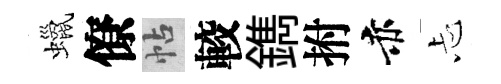
蠟僚帖較鐫拊赤忐